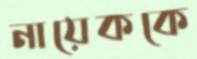
নায়েককে